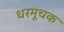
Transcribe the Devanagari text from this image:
धरमूचक